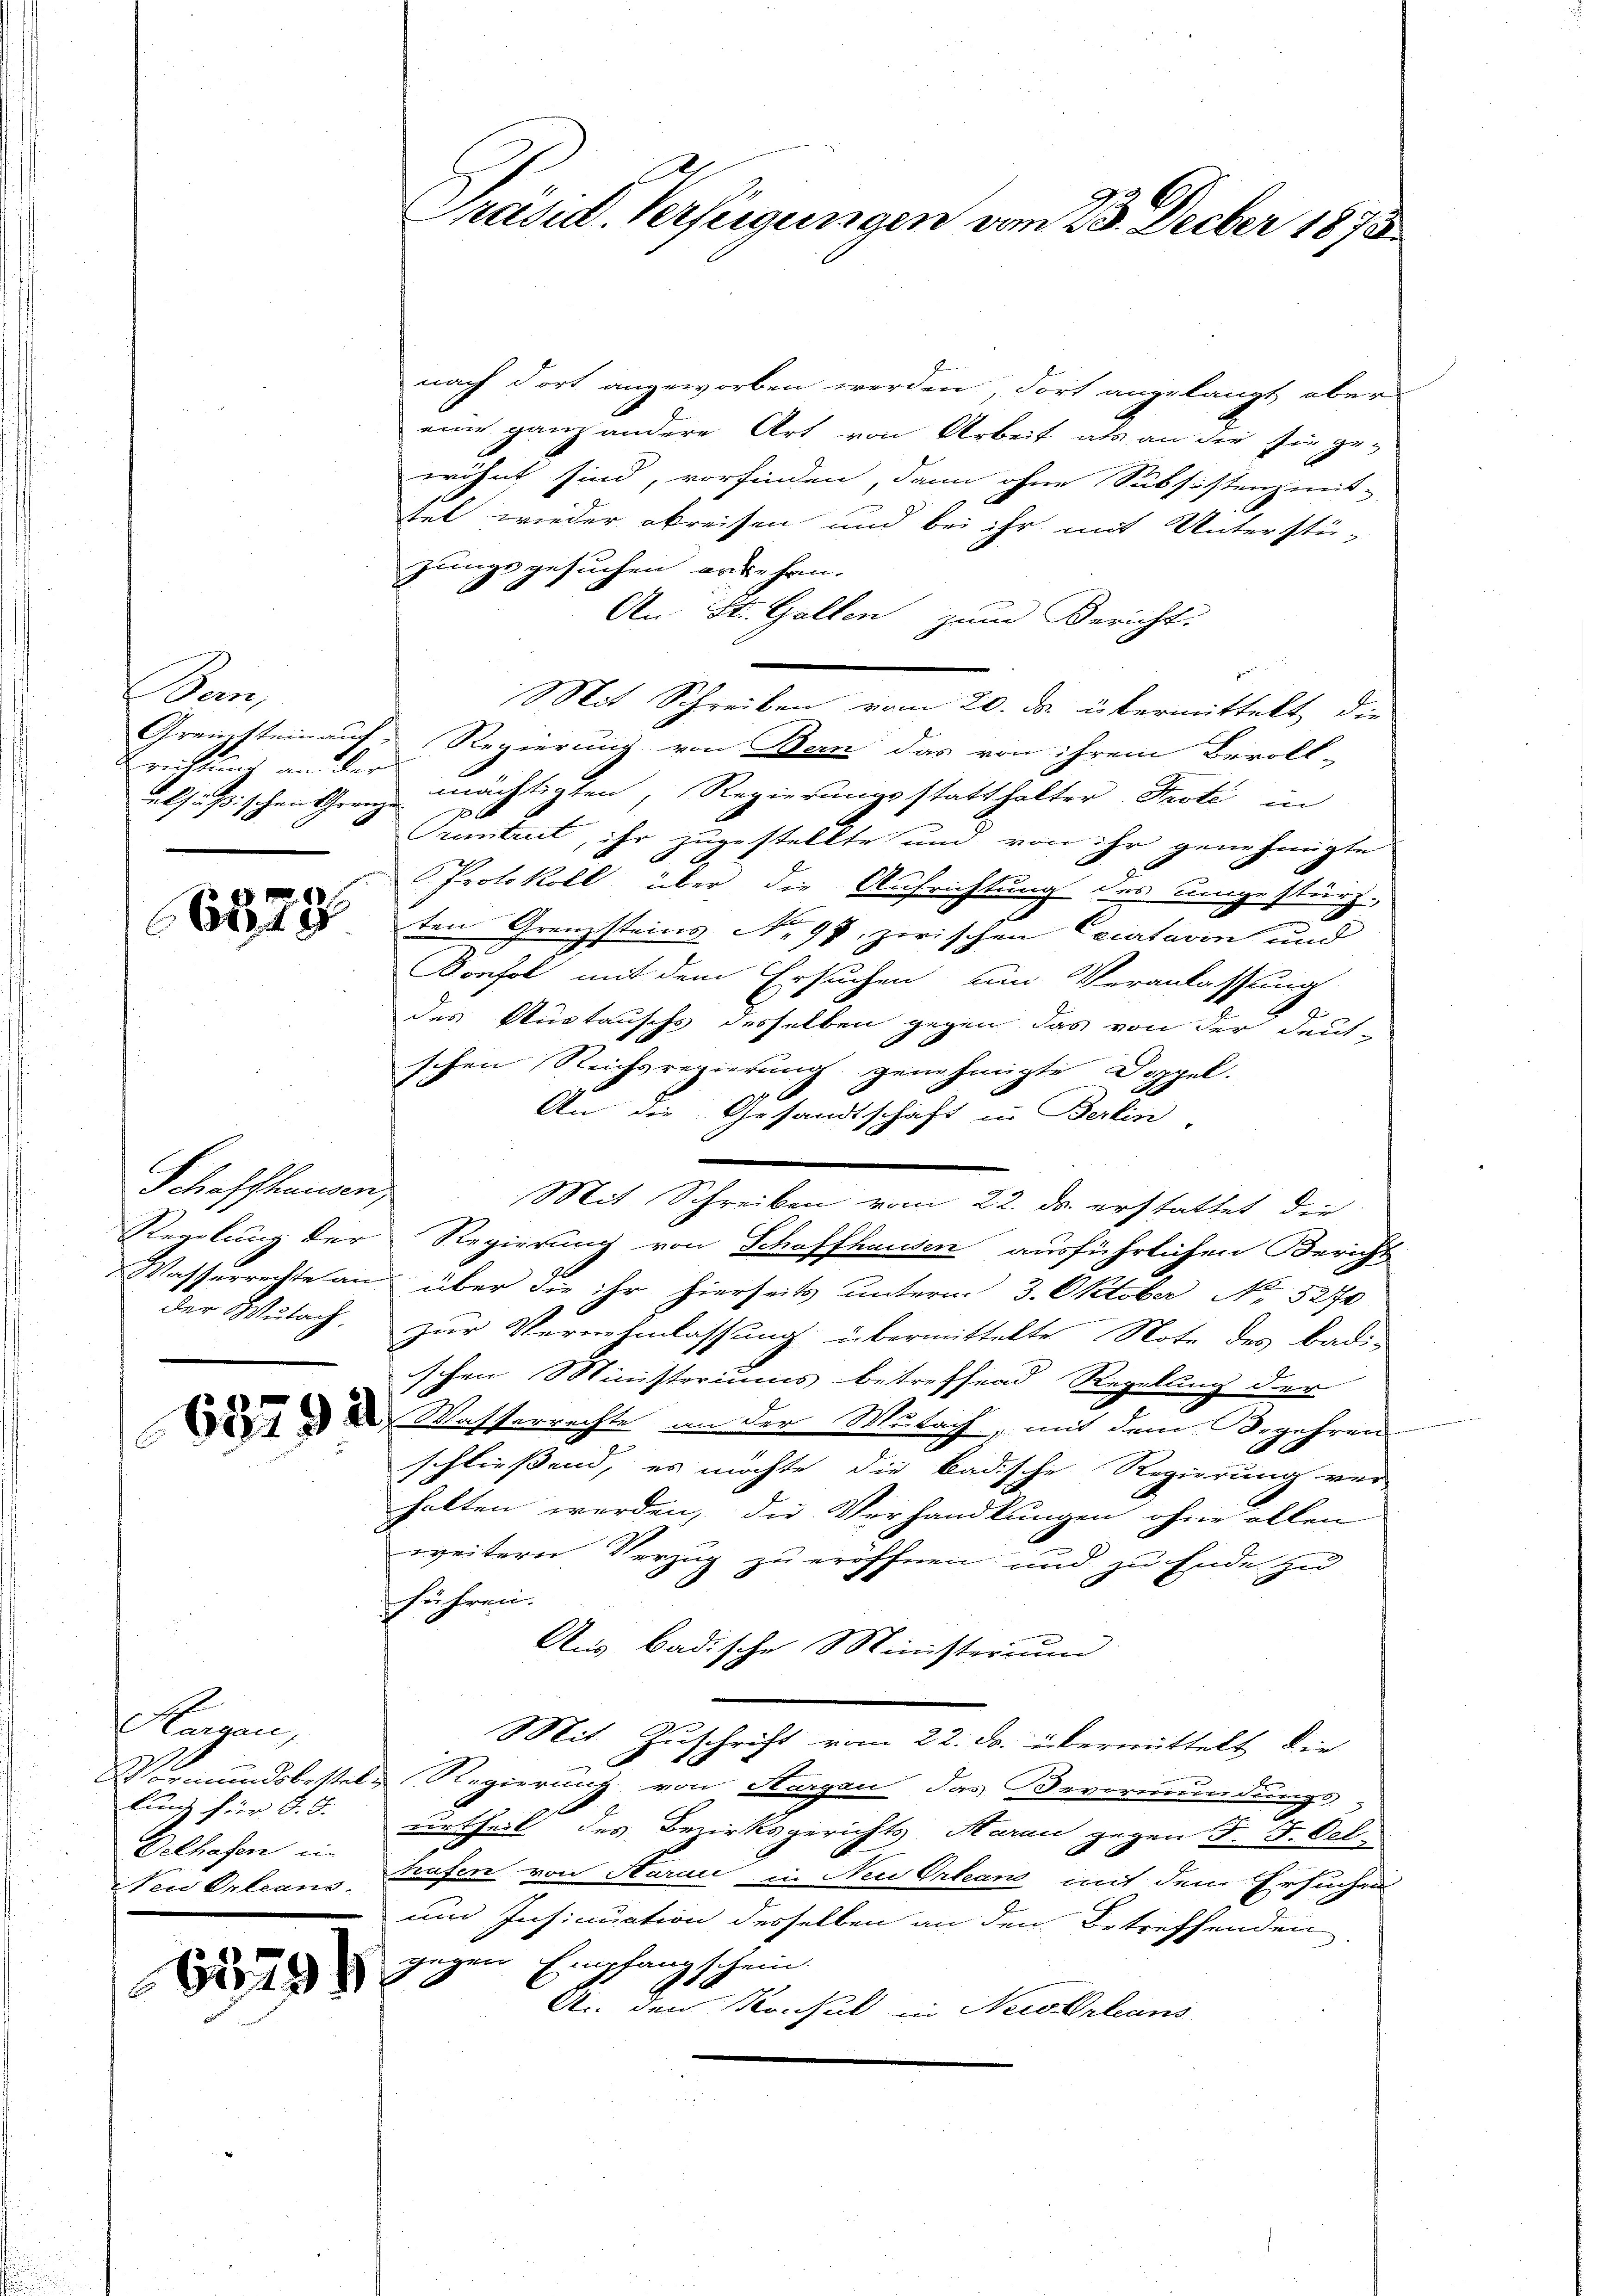
Pron
richtung an der

Schaffhausen,
der Wulach.
e

Hargen,
lung für d. 5.
Delhafen ein

nach dort angeworben werden, dort angelangt aber
eine ganz andere Art von Arbeit als an die sie ge-
wöhnt sind, vorfinden, dann ohne Subsistenz mit-
tet wieder abreisen und bei ihr mit Unterstü-
zungsgesuchen erkehren.
An St. Gallen zum Bericht.
Mit Schreiben vom 20. da übermittelt, die
Gremsteinauf- Regierung von Bern das von ihrem Bevoll-
elsüßischen Grenz mächtigten, Regierungsstatthalter Prote in
Tuntrut, ihr zugestellte und von ihr genehmigte
Protokoll über die Aufrichtung des umgestürz¬
 ten Granzstring No. 97, zerischen Cecativen und
Konfol mit dem Ersuchen um Veranlassung
z
des Austauschs desselben gegen das von der deut-
schen Reichsregierung genehmigte Doppel.
An die Gesandtschaft in Berlin
Mit Schreiben vom 22. ds. erstattet die
Regelung der Regierung von Schaffhausen ausführlichen Bericht
Wasserrechte an über die ihr hierseits ŭnterm 3. Oktober No. 527
zur Vernehmlassung übermittelte Note des Badischen Ministeriums betreffend Regelung der
   Wasserrachte an der Mutach, mit dem Begehren
schließend, es möchte die badische Regierung ver-
halten werden, die Verhandlungen ohne allen
weitern Verzug zu eröffnen und zu Ende zu
führen.
Aus Badische Ministerium
Mit Zuschrift vom 22. ds. übermittelt die
Vormundsbestel, Regierung von Sargau, das Bevormundungs-
urtheil des Bezirksgerichts Haran gegen 5. F. Oct.
Feu Orleano, Grafen von Aarau in Neu Orleans mit dem Ersuchen
und Insinuation desselben an den Betreffenden
gegen Empfangschein.
A. den Konsul in Neiderleans

65794

Präsid. Versiegungen vom 23. Decber 1873.